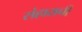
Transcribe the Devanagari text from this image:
संहाराची